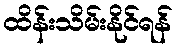
ထိန်းသိမ်းနိုင်ရန်